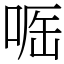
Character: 𠶲